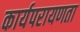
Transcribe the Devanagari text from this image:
कार्यपरायणता